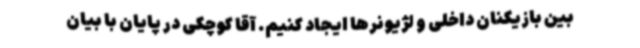
بین بازیکنان داخلی و لژیونرها ایجاد کنیم. آقا کوچکی در پایان با بیان